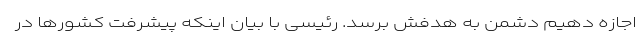
اجازه دهیم دشمن به هدفش برسد. رئیسی با بیان اینکه پیشرفت کشورها در